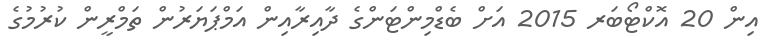
އިން 20 އޮކްޓޯބަރ 2015 އަށް ބެޑްމިންޓަންގެ ދާއިރާއިން އަމްޕަޔަރުން ތަމްރީން ކުރުމުގެ